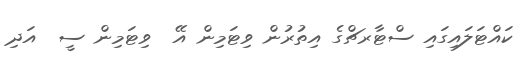
ކައްޓަލައިގައި ސްޓާރޗްގެ އިތުރުން ވިޓަމިން އޭ  ވިޓަމިން ސީ  އަދި